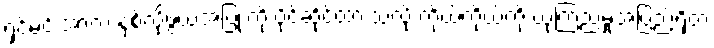
ရှင်မင်းအာက နှစ်လိုဖွယ်အပြုံးကို ပိုင်ဆိုင်ထားသလို ကိုယ့်ကိုယ်ကို ယုံကြည်မှုအပြည့်ရှိတဲ့